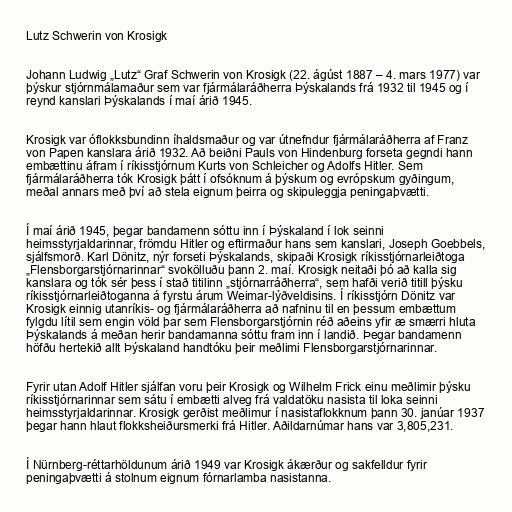
Lutz Schwerin von Krosigk

Johann Ludwig „Lutz“ Graf Schwerin von Krosigk (22. ágúst 1887 – 4. mars 1977) var
þýskur stjórnmálamaður sem var fjármálaráðherra Þýskalands frá 1932 til 1945 og í
reynd kanslari Þýskalands í maí árið 1945.

Krosigk var óflokksbundinn íhaldsmaður og var útnefndur fjármálaráðherra af Franz
von Papen kanslara árið 1932. Að beiðni Pauls von Hindenburg forseta gegndi hann
embættinu áfram í ríkisstjórnum Kurts von Schleicher og Adolfs Hitler. Sem
fjármálaráðherra tók Krosigk þátt í ofsóknum á þýskum og evrópskum gyðingum,
meðal annars með því að stela eignum þeirra og skipuleggja peningaþvætti.

Í maí árið 1945, þegar bandamenn sóttu inn í Þýskaland í lok seinni
heimsstyrjaldarinnar, frömdu Hitler og eftirmaður hans sem kanslari, Joseph Goebbels,
sjálfsmorð. Karl Dönitz, nýr forseti Þýskalands, skipaði Krosigk ríkisstjórnarleiðtoga
„Flensborgarstjórnarinnar“ svokölluðu þann 2. maí. Krosigk neitaði þó að kalla sig
kanslara og tók sér þess í stað titilinn „stjórnarráðherra“, sem hafði verið titill þýsku
ríkisstjórnarleiðtoganna á fyrstu árum Weimar-lýðveldisins. Í ríkisstjórn Dönitz var
Krosigk einnig utanríkis- og fjármálaráðherra að nafninu til en þessum embættum
fylgdu lítil sem engin völd þar sem Flensborgarstjórnin réð aðeins yfir æ smærri hluta
Þýskalands á meðan herir bandamanna sóttu fram inn í landið. Þegar bandamenn
höfðu hertekið allt Þýskaland handtóku þeir meðlimi Flensborgarstjórnarinnar.

Fyrir utan Adolf Hitler sjálfan voru þeir Krosigk og Wilhelm Frick einu meðlimir þýsku
ríkisstjórnarinnar sem sátu í embætti alveg frá valdatöku nasista til loka seinni
heimsstyrjaldarinnar. Krosigk gerðist meðlimur í nasistaflokknum þann 30. janúar 1937
þegar hann hlaut flokksheiðursmerki frá Hitler. Aðildarnúmar hans var 3,805,231.

Í Nürnberg-réttarhöldunum árið 1949 var Krosigk ákærður og sakfelldur fyrir
peningaþvætti á stolnum eignum fórnarlamba nasistanna.